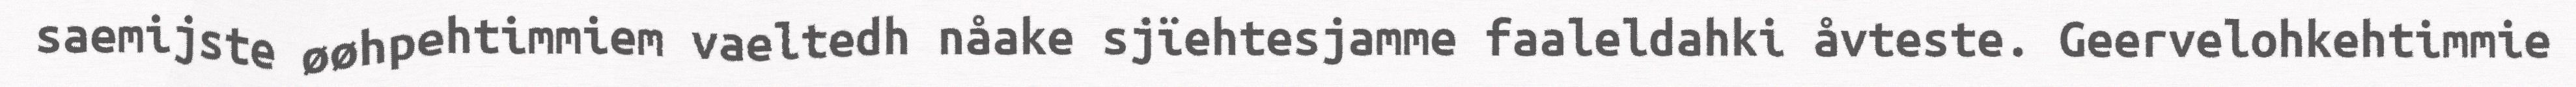
saemijste øøhpehtimmiem vaeltedh nåake sjïehtesjamme faaleldahki åvteste. Geervelohkehtimmie